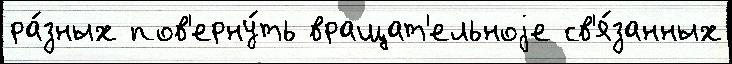
ра́зных пов'ерну́ть вращат'ельноjе св'я́занных